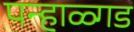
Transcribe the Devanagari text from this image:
पन्हाळ्गड